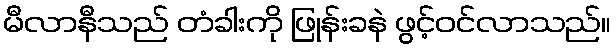
မီလာနီသည် တံခါးကို ဖြုန်းခနဲ ဖွင့်ဝင်လာသည်။